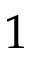
1